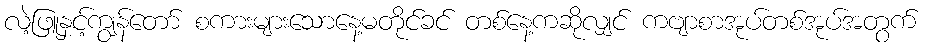
လဲ့ဖြူနှင့်ကျွန်တော် စကားများသောနေ့မတိုင်ခင် တစ်နေ့ကဆိုလျှင် ကဗျာစာအုပ်တစ်အုပ်အတွက်